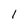
Character: 1